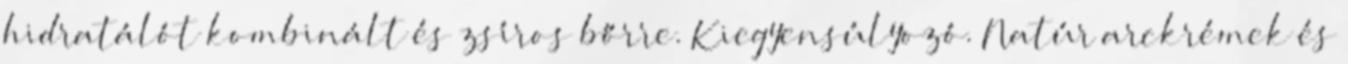
hidratálót kombinált és zsíros bőrre. Kiegyensúlyozó. Natúr arckrémek és